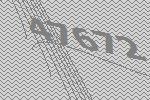
47672